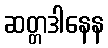
ဆတ္တဒါနေန